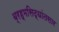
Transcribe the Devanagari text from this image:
ब्रह्मसिद्धांतसार